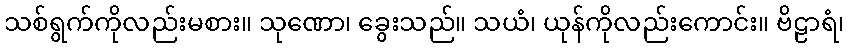
သစ်ရွက်ကိုလည်းမစား။ သုဏော၊ ခွေးသည်။ သယံ၊ ယုန်ကိုလည်းကောင်း။ ဗိဠာရံ၊